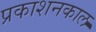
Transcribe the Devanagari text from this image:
प्रकाशनकाल